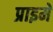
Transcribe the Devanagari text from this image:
प्राइमे